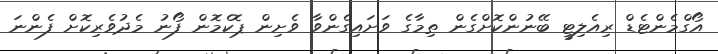
އޯގްމެންޓެޑް ރިއެލިޓީ ބޭނުންކޮށްގެން ތިމާގެ ވަށައިގެންވާ ވެށިން ޕޮކެމޮން ފޯނު މެދުވެރިކޮށް ފެންނަ